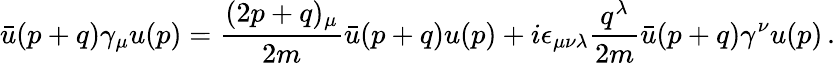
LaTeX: \bar{u}(p+q)\gamma_{\mu}u(p)=\frac{(2p+q)_{\mu}}{2m}\bar{u}(p+q)u(p)+i\epsilon_{\mu\nu\lambda}\frac{q^{\lambda}}{2m}\bar{u}(p+q)\gamma^{\nu}u(p)\, .